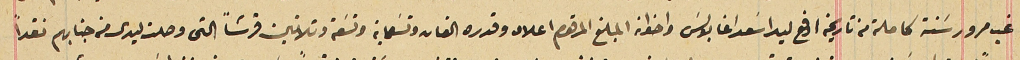
غب مرور سَنة كاملة من تاريخه ادفع ليد اسَعد اغا بولسَ واخوانه المبلغ المرقوم اعلاه وقدره الفان وتسَعماية وتسَعة وتلاتين قرشاً التى وصلت ليدى من جنابهم نقداً